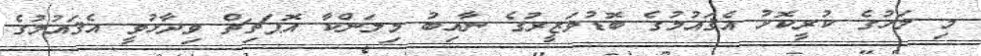
މި މަހުގެ ކުރީކޮޅު އެޤައުމުގެ ބޮޑުވަޒީރުގެ ނާއިބު މިލަންކާ އޮޕަޗިޗް ވިދާޅުވީ އެޤައުމުގެ